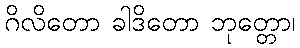
ဂိလိတော ခါဒိတော ဘုတ္တော၊